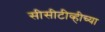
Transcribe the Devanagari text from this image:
सीसीटीव्हीच्या